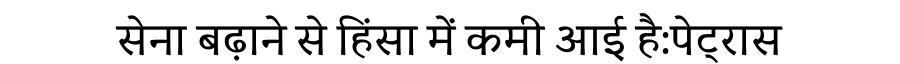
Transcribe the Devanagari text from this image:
सेना बढ़ाने से हिंसा में कमी आई है:पेट्रास